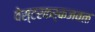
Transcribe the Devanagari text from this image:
वेस्टरकर्कजवळ